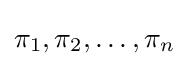
\pi _{1},\pi _{2},\ldots ,\pi _{n}